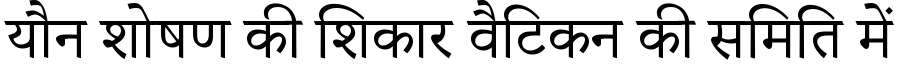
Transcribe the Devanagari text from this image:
यौन शोषण की शिकार वैटिकन की समिति में